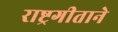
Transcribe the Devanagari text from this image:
राष्ट्रगीताने